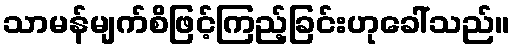
သာမန်မျက်စိဖြင့်ကြည့်ခြင်းဟုခေါ်သည်။